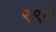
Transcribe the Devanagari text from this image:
९९वे